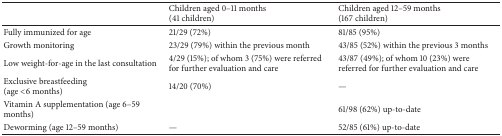
<table><thead><tr><td><b> </b></td><td><b>Children aged 0–11 months (41 children)</b></td><td><b>Children aged 12–59 months (167 children)</b></td></tr></thead><tbody><tr><td>Fully immunized for age</td><td>21/29 (72%) </td><td>81/85 (95%)</td></tr><tr><td>Growth monitoring</td><td>23/29 (79%) within the previous month</td><td>43/85 (52%) within the previous 3 months</td></tr><tr><td>Low weight-for-age in the last consultation</td><td>4/29 (15%); of whom 3 (75%) were referred for further evaluation and care</td><td>43/87 (49%); of whom 10 (23%) were referred for further evaluation and care</td></tr><tr><td>Exclusive breastfeeding(age &lt;6 months)</td><td>14/20 (70%)</td><td>—</td></tr><tr><td>Vitamin A supplementation (age 6–59 months)</td><td> </td><td>61/98 (62%) up-to-date</td></tr><tr><td>Deworming (age 12–59 months)</td><td>—</td><td>52/85 (61%) up-to-date</td></tr></tbody></table>